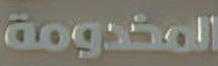
المخدومة